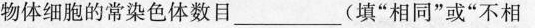
物体细胞的常染色体数目____(填”相同”或”不相